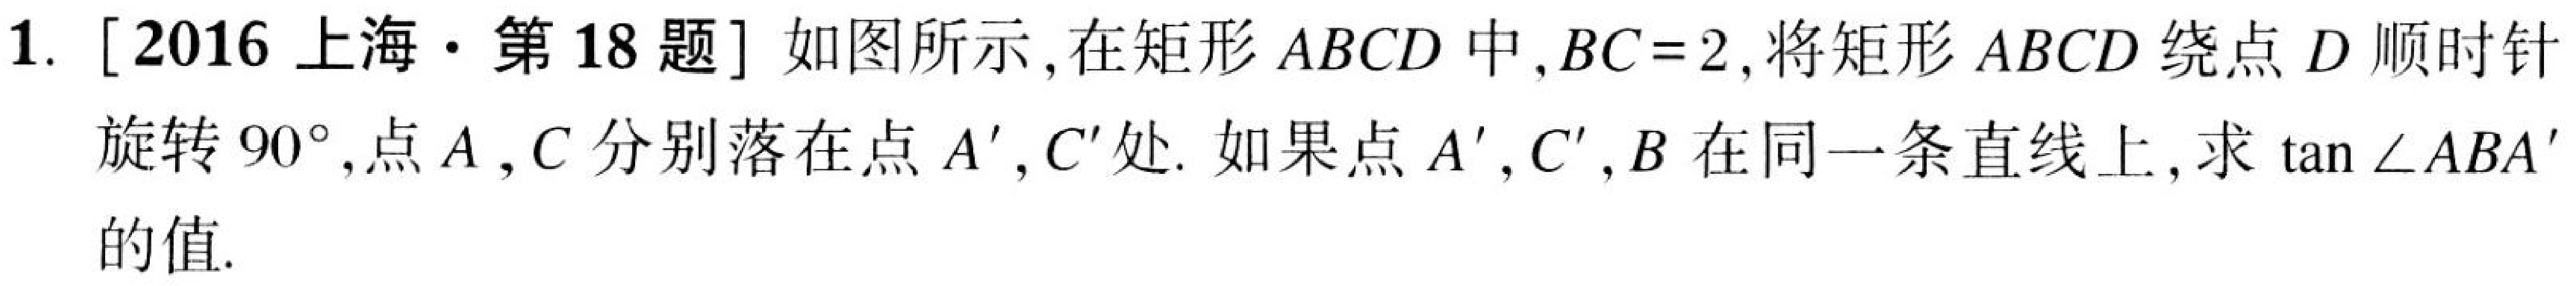
1. [2016 上海·第 18 题] 如图所示，在矩形\(ABCD\)中，\(BC = 2\)，将矩形\(ABCD\)绕点\(D\)顺时针旋转\(90^{\circ}\)，点\(A\)，\(C\)分别落在点\(A'\)，\(C'\)处. 如果点\(A'\)，\(C'\)，\(B\)在同一条直线上，求\(\tan\angle ABA'\)的值.